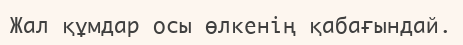
Жал құмдар осы өлкенің қабағындай.